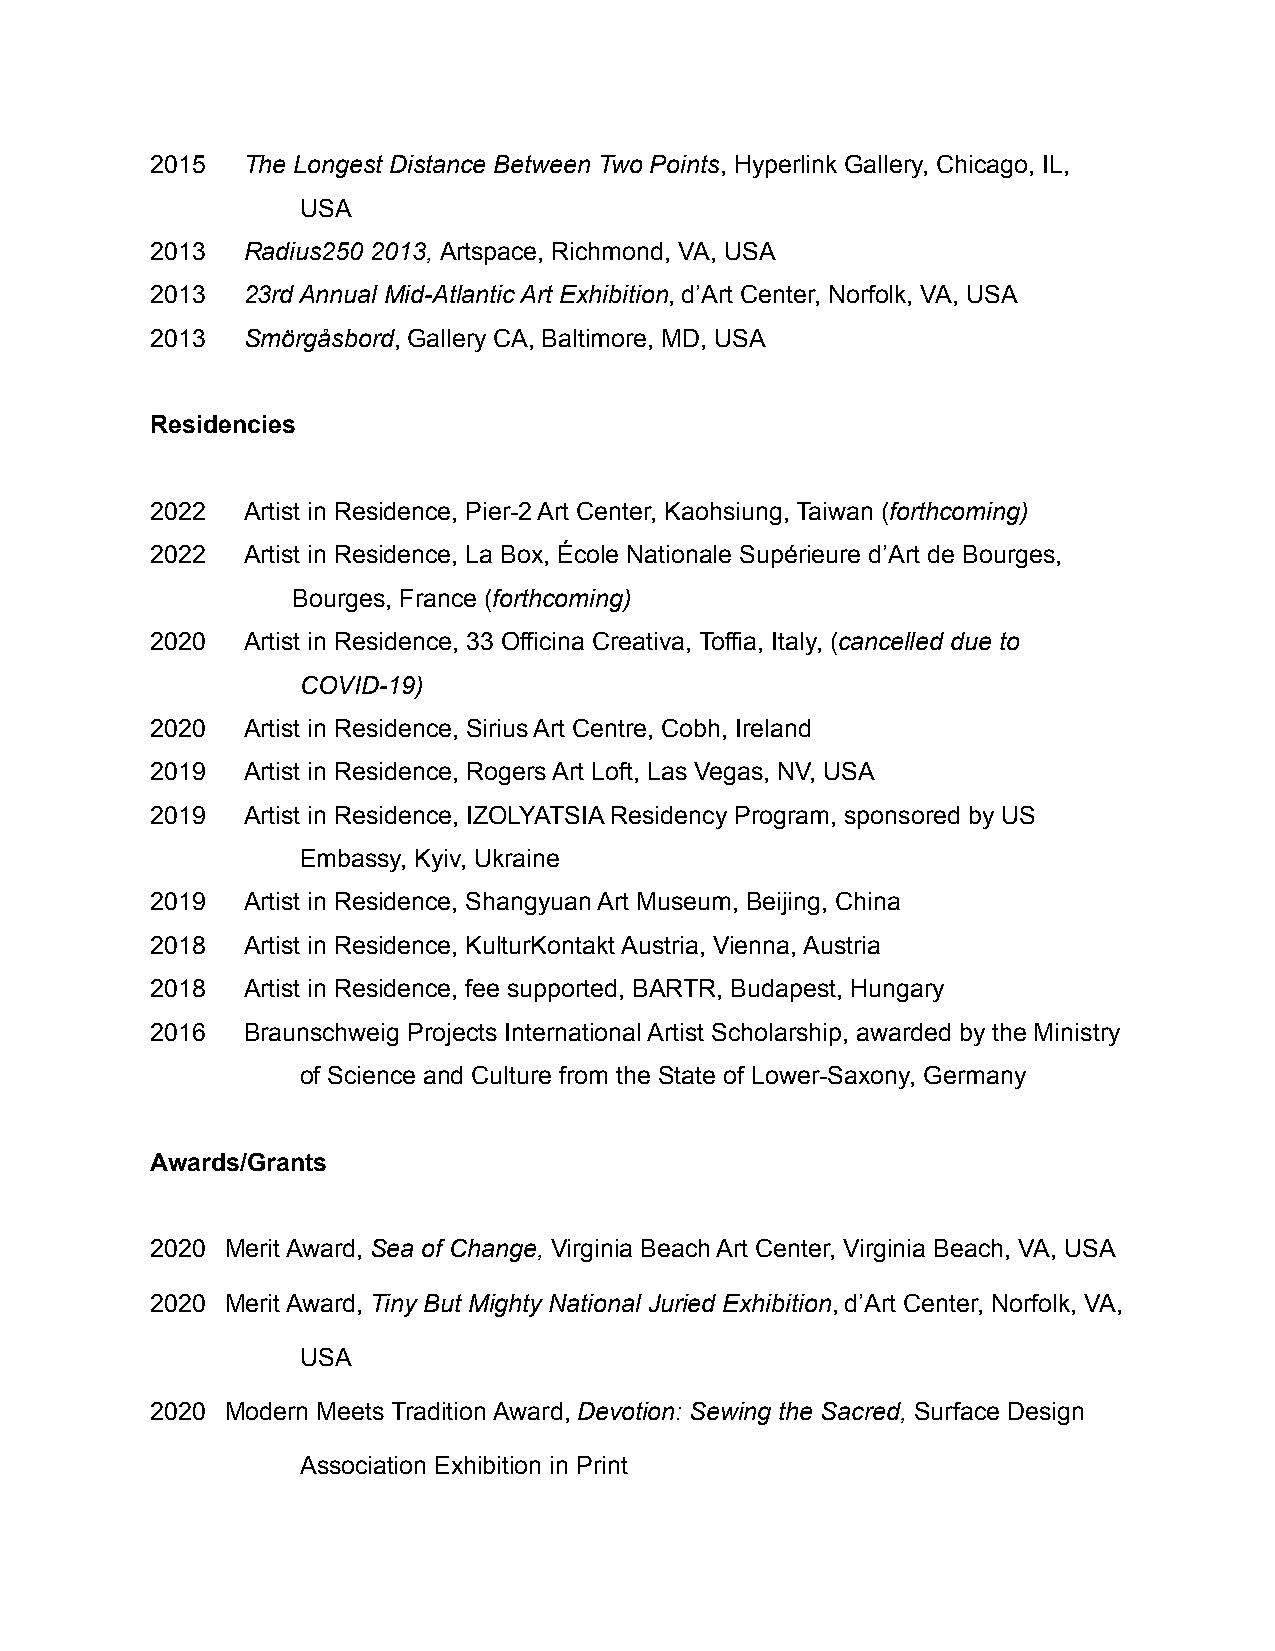
2015  The Longest Distance Between Two Points, Hyperlink Gallery, Chicago, IL,
 USA
 2013  Radius250 2013, Artspace, Richmond, VA, USA
 2013  23rd Annual Mid-Atlantic Art Exhibition, d’Art Center, Norfolk, VA, USA
 2013  Smörgåsbord, Gallery CA, Baltimore, MD, USA
 Residencies
 2022  Artist in Residence, Pier-2 Art Center, Kaohsiung, Taiwan (forthcoming)
 2022  Artist in Residence, La Box, École Nationale Supérieure d’Art de Bourges,
 Bourges, France (forthcoming)
 2020  Artist in Residence, 33 Officina Creativa, Toffia, Italy, (cancelled due to
 COVID-19)
 2020  Artist in Residence, Sirius Art Centre, Cobh, Ireland
 2019  Artist in Residence, Rogers Art Loft, Las Vegas, NV, USA
 2019  Artist in Residence, IZOLYATSIA Residency Program, sponsored by US
 Embassy, Kyiv, Ukraine
 2019  Artist in Residence, Shangyuan Art Museum, Beijing, China
 2018  Artist in Residence, KulturKontakt Austria, Vienna, Austria
 2018  Artist in Residence, fee supported, BARTR, Budapest, Hungary
 2016  Braunschweig Projects International Artist Scholarship, awarded by the Ministry
 of Science and Culture from the State of Lower-Saxony, Germany
 Awards/Grants
 2020 Merit Award, Sea of Change, Virginia Beach Art Center, Virginia Beach, VA, USA
 2020 Merit Award, Tiny But Mighty National Juried Exhibition, d’Art Center, Norfolk, VA,
 USA
 2020 Modern Meets Tradition Award, Devotion: Sewing the Sacred, Surface Design
 Association Exhibition in Print